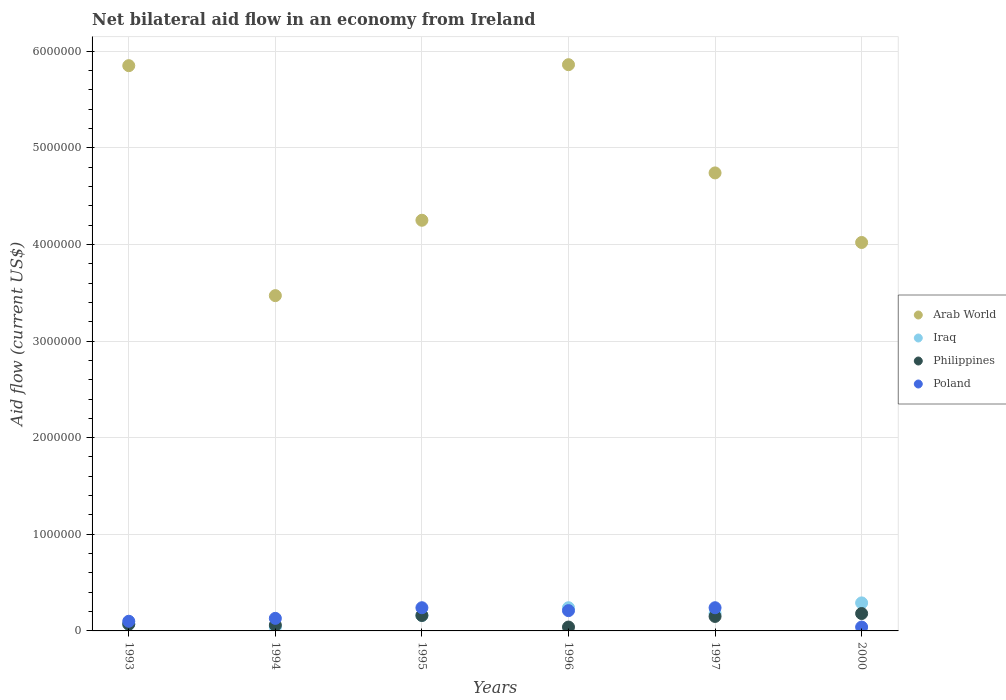
| Years | Arab World | Iraq | Philippines | Poland |
 | --- | --- | --- | --- | --- |
 | 1993 | 5.85e+06 | 7e+04 | 7e+04 | 1e+05 |
 | 1994 | 3.47e+06 | 4e+04 | 6e+04 | 1.3e+05 |
 | 1995 | 4.25e+06 | 1.6e+05 | 1.6e+05 | 2.4e+05 |
 | 1996 | 5.86e+06 | 2.4e+05 | 4e+04 | 2.1e+05 |
 | 1997 | 4.74e+06 | 1.8e+05 | 1.5e+05 | 2.4e+05 |
 | 2000 | 4.02e+06 | 2.9e+05 | 1.8e+05 | 4e+04 |